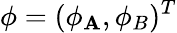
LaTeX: {\phi}=(\phi_{\mathbf{A}},\phi_{B})^{T}